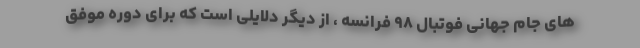
های جام جهانی فوتبال ۹۸ فرانسه ، از دیگر دلایلی است که برای دوره موفق